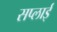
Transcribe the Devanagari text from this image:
सप्‍लाई